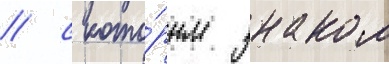
/ с кото́рым знаком